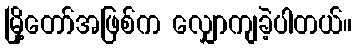
မြို့တော်အဖြစ်က လျှောကျခဲ့ပါတယ်။